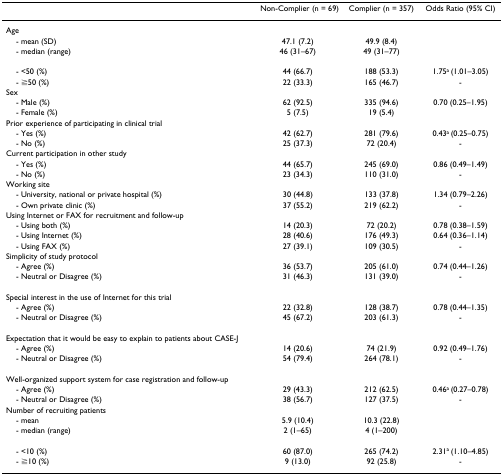
<table><thead><tr><td></td><td><b>Non-Complier (n = 69)</b></td><td><b>Complier (n = 357)</b></td><td><b>Odds Ratio (95% CI)</b></td></tr></thead><tbody><tr><td>Age</td><td></td><td></td><td></td></tr><tr><td> - mean (SD)</td><td>47.1 (7.2)</td><td>49.9 (8.4)</td><td></td></tr><tr><td> - median (range)</td><td>46 (31–67)</td><td>49 (31–77)</td><td></td></tr><tr><td> - &lt;50 (%)</td><td>44 (66.7)</td><td>188 (53.3)</td><td>1.75<sup>a </sup>(1.01–3.05)</td></tr><tr><td> - ≧50 (%)</td><td>22 (33.3)</td><td>165 (46.7)</td><td>-</td></tr><tr><td>Sex</td><td></td><td></td><td></td></tr><tr><td> - Male (%)</td><td>62 (92.5)</td><td>335 (94.6)</td><td>0.70 (0.25–1.95)</td></tr><tr><td> - Female (%)</td><td>5 (7.5)</td><td>19 (5.4)</td><td></td></tr><tr><td>Prior experience of participating in clinical trial</td><td></td><td></td><td></td></tr><tr><td> - Yes (%)</td><td>42 (62.7)</td><td>281 (79.6)</td><td>0.43<sup>a </sup>(0.25–0.75)</td></tr><tr><td> - No (%)</td><td>25 (37.3)</td><td>72 (20.4)</td><td>-</td></tr><tr><td>Current participation in other study</td><td></td><td></td><td></td></tr><tr><td> - Yes (%)</td><td>44 (65.7)</td><td>245 (69.0)</td><td>0.86 (0.49–1.49)</td></tr><tr><td> - No (%)</td><td>23 (34.3)</td><td>110 (31.0)</td><td>-</td></tr><tr><td>Working site</td><td></td><td></td><td></td></tr><tr><td> - University, national or private hospital (%)</td><td>30 (44.8)</td><td>133 (37.8)</td><td>1.34 (0.79–2.26)</td></tr><tr><td> - Own private clinic (%)</td><td>37 (55.2)</td><td>219 (62.2)</td><td>-</td></tr><tr><td>Using Internet or FAX for recruitment and follow-up</td><td></td><td></td><td></td></tr><tr><td> - Using both (%)</td><td>14 (20.3)</td><td>72 (20.2)</td><td>0.78 (0.38–1.59)</td></tr><tr><td> - Using Internet (%)</td><td>28 (40.6)</td><td>176 (49.3)</td><td>0.64 (0.36–1.14)</td></tr><tr><td> - Using FAX (%)</td><td>27 (39.1)</td><td>109 (30.5)</td><td>-</td></tr><tr><td>Simplicity of study protocol</td><td></td><td></td><td></td></tr><tr><td> - Agree (%)</td><td>36 (53.7)</td><td>205 (61.0)</td><td>0.74 (0.44–1.26)</td></tr><tr><td> - Neutral or Disagree (%)</td><td>31 (46.3)</td><td>131 (39.0)</td><td>-</td></tr><tr><td>Special interest in the use of Internet for this trial</td><td></td><td></td><td></td></tr><tr><td> - Agree (%)</td><td>22 (32.8)</td><td>128 (38.7)</td><td>0.78 (0.44–1.35)</td></tr><tr><td> - Neutral or Disagree (%)</td><td>45 (67.2)</td><td>203 (61.3)</td><td>-</td></tr><tr><td>Expectation that it would be easy to explain to patients about CASE-J</td><td></td><td></td><td></td></tr><tr><td> - Agree (%)</td><td>14 (20.6)</td><td>74 (21.9)</td><td>0.92 (0.49–1.76)</td></tr><tr><td> - Neutral or Disagree (%)</td><td>54 (79.4)</td><td>264 (78.1)</td><td>-</td></tr><tr><td>Well-organized support system for case registration and follow-up</td><td></td><td></td><td></td></tr><tr><td> - Agree (%)</td><td>29 (43.3)</td><td>212 (62.5)</td><td>0.46<sup>a </sup>(0.27–0.78)</td></tr><tr><td> - Neutral or Disagree (%)</td><td>38 (56.7)</td><td>127 (37.5)</td><td>-</td></tr><tr><td>Number of recruiting patients</td><td></td><td></td><td></td></tr><tr><td> - mean</td><td>5.9 (10.4)</td><td>10.3 (22.8)</td><td></td></tr><tr><td> - median (range)</td><td>2 (1–65)</td><td>4 (1–200)</td><td></td></tr><tr><td> - &lt;10 (%)</td><td>60 (87.0)</td><td>265 (74.2)</td><td>2.31<sup>a </sup>(1.10–4.85)</td></tr><tr><td> - ≧10 (%)</td><td>9 (13.0)</td><td>92 (25.8)</td><td>-</td></tr></tbody></table>